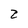
Character: 2